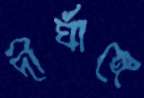
দীর্ঘাঙ্গে